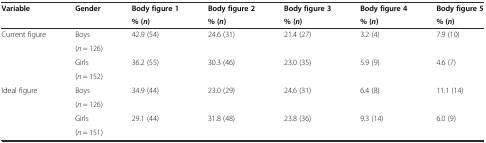
<table><thead><tr><td rowspan="2"><b>Variable</b></td><td rowspan="2"><b>Gender</b></td><td><b>Body figure 1</b></td><td><b>Body figure 2</b></td><td><b>Body figure 3</b></td><td><b>Body figure 4</b></td><td><b>Body figure 5</b></td></tr><tr><td><b>% (<i>n</i>)</b></td><td><b>% (<i>n</i>)</b></td><td><b>% (<i>n</i>)</b></td><td><b>% (<i>n</i>)</b></td><td><b>% (<i>n</i>)</b></td></tr></thead><tbody><tr><td rowspan="2">Current figure</td><td>Boys</td><td rowspan="2">42.9 (54)</td><td rowspan="2">24.6 (31)</td><td rowspan="2">21.4 (27)</td><td rowspan="2">3.2 (4)</td><td rowspan="2">7.9 (10)</td></tr><tr><td>(<i>n</i> = 126)</td></tr><tr><td rowspan="2"></td><td>Girls</td><td rowspan="2">36.2 (55)</td><td rowspan="2">30.3 (46)</td><td rowspan="2">23.0 (35)</td><td rowspan="2">5.9 (9)</td><td rowspan="2">4.6 (7)</td></tr><tr><td>(<i>n</i> = 152)</td></tr><tr><td rowspan="2">Ideal figure</td><td>Boys</td><td rowspan="2">34.9 (44)</td><td rowspan="2">23.0 (29)</td><td rowspan="2">24.6 (31)</td><td rowspan="2">6.4 (8)</td><td rowspan="2">11.1 (14)</td></tr><tr><td>(<i>n</i> = 126)</td></tr><tr><td rowspan="2"></td><td>Girls</td><td rowspan="2">29.1 (44)</td><td rowspan="2">31.8 (48)</td><td rowspan="2">23.8 (36)</td><td rowspan="2">9.3 (14)</td><td rowspan="2">6.0 (9)</td></tr><tr><td>(<i>n</i> = 151)</td></tr></tbody></table>